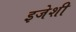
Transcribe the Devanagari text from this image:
इजेशी